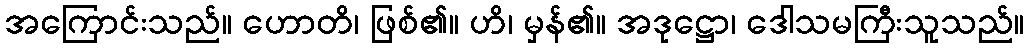
အကြောင်းသည်။ ဟောတိ၊ ဖြစ်၏။ ဟိ၊ မှန်၏။ အဒုဋ္ဌော၊ ဒေါသမကြီးသူသည်။